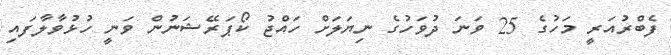
ފެބްރުއަރީ މަހުގެ 25 ވަނަ ދުވަހުގެ ނިޔަލަށް ހައްޖު ކޯޕަރޭޝަނުން ވަނީ ހުޅުވާލާފައި